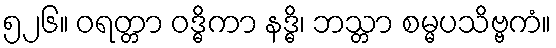
၅၂၆။ ဝရတ္တာ ဝဒ္ဓိကာ နဒ္ဓိ၊ ဘသ္တာ စမ္မပသိဗ္ဗကံ။